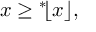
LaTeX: x \geq { } ^ { * } \! \lfloor x \rfloor ,